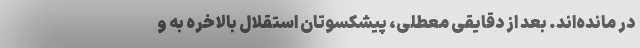
در مانده‌اند. بعد از دقایقی معطلی، پیشکسوتان استقلال بالاخره به و